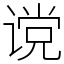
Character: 谠